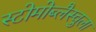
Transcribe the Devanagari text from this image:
स्टोमोब्लैस्चुला